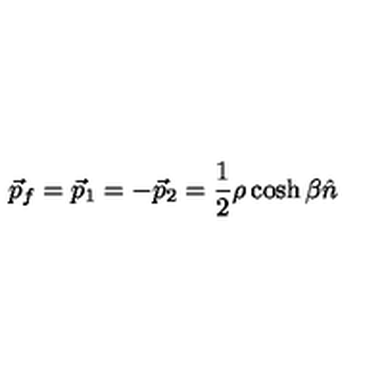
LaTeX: \vec { p } _ { f } = \vec { p } _ { 1 } = - \vec { p } _ { 2 } = \frac { 1 } { 2 } \rho \cosh \beta \hat { n }